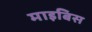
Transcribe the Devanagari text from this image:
माइबिस